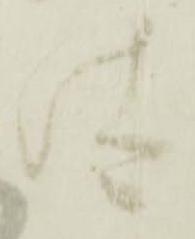
汰